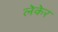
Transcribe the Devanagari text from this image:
लेकेर